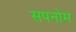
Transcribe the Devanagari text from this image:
सपनोम